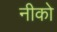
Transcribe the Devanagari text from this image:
नीको